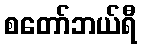
စတော်ဘယ်ရီ